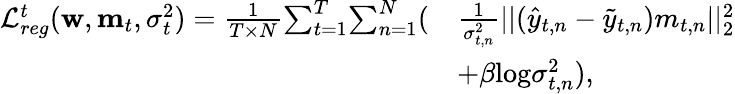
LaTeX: \begin{array}{rl}{\mathcal{L}_{reg}^{t}(\mathbf{w},\mathbf{m}_{t},\sigma_{t}^{2})=\frac{1}{T\times N}{\sum_{t=1}^{T}}{\sum_{n=1}^{N}}(}&{\frac{1}{\sigma_{t,n}^{2}}||(\hat{y}_{t,n}-\tilde{y}_{t,n})m_{t,n}||_{2}^{2}}\\ &{+\beta\mathrm{log}\sigma_{t,n}^{2}),}\end{array}